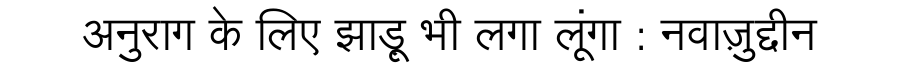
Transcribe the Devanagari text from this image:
अनुराग के लिए झाड़ू भी लगा लूंगा : नवाज़ुद्दीन